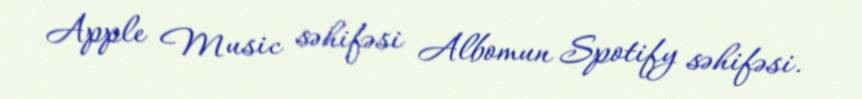
Apple Music səhifəsi Albomun Spotify səhifəsi.